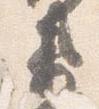
衛